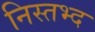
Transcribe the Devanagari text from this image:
निस्तभ्द